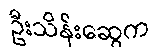
ဦးသိန်းဆွေက